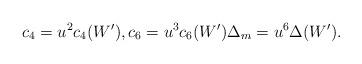
LaTeX: \begin{align*} c_4=u^2c_4(W'),c_6=u^3c_6(W') \Delta_m=u^6\Delta(W').\end{align*}